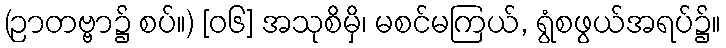
(ဉာတဗ္ဗာ၌ စပ်။) [၀၆] အသုစိမှိ၊ မစင်မကြယ်, ရွံစဖွယ်အရပ်၌။